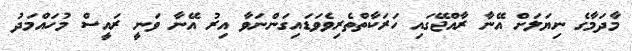
މާދަމާގެ ނިޔަލަށް އޭނާ ރާއްޖޭގައި ހަރަކާތްތެރިވެވަޑައިގަންނަވާ އިރު އޭނާ ވަނީ ރައީސް މުހައްމަދު